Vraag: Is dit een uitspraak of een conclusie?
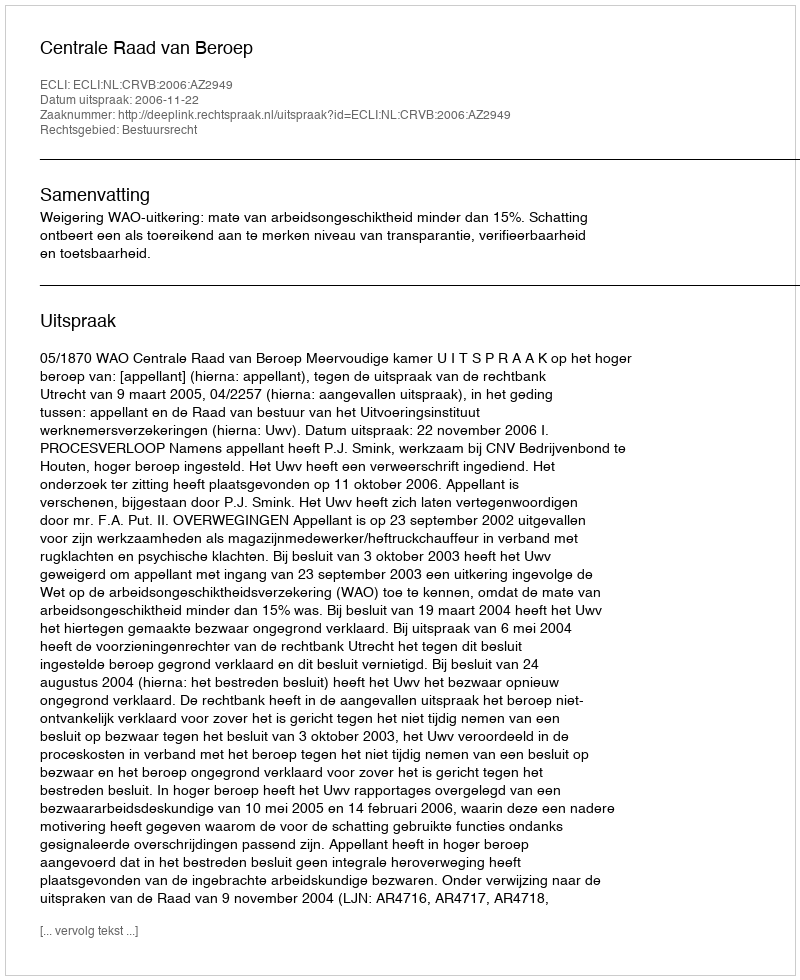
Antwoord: Uitspraak